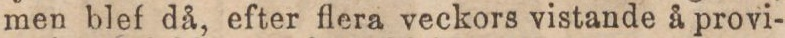
men blef då, efter flera veckors vistande å provi-